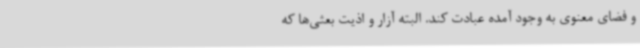
و فضای معنوی به وجود آمده عبادت کند. البته آزار و اذیت بعثی‌ها که